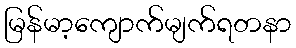
မြန်မာ့ကျောက်မျက်ရတနာ